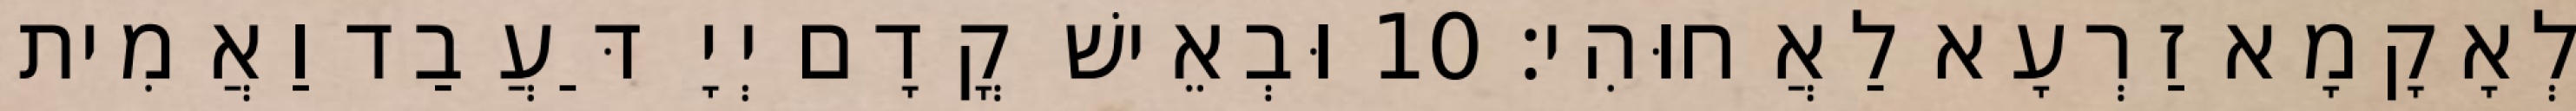
לְאָקָמָא זַרְעָא לַאֲחוּהִי׃ 10 וּבְאֵישׁ קֳדָם יְיָ דַּעֲבַד וַאֲמִית